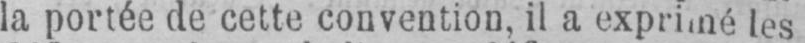
la portée de cette convention, il a exprimé les